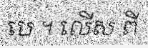
បេ ។ លើស ពី